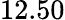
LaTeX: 12.50